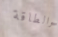
والطاقة